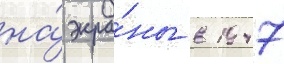
на́ экра́ны в 1947